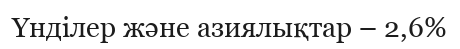
Үнділер және азиялықтар – 2,6%